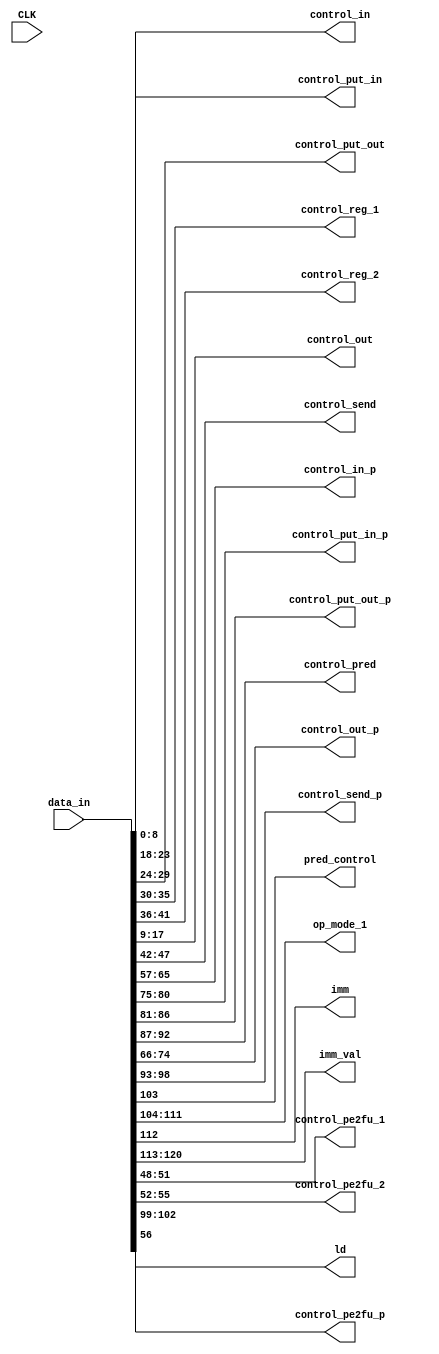
`timescale 1ns / 1ps

//////////////////////////////////////////////////////////////////////////////////
// Company: 
// Engineer: 
// 
// Design Name: 
// Module Name:    buffer 
// Project Name: 
// Target Devices: 
// Tool versions: 
// Description: 
//
// Dependencies: 
//
// Revision: 
// Revision 0.01 - File Created
// Additional Comments: 
//
//////////////////////////////////////////////////////////////////////////////////
module buffer( CLK, data_in, control_in, control_put_in, control_put_out, control_reg_1, control_reg_2,
					control_out, control_send, control_in_p, control_put_in_p, control_put_out_p, control_pred,
					control_out_p, control_send_p, pred_control, op_mode_1, imm, imm_val,
					control_pe2fu_1, control_pe2fu_2, control_pe2fu_p, ld );
	parameter width = 120;
	input CLK;
	input [width:0] data_in;
	
	
	//------------  Reg ----------------  57bits
	output [8:0] control_in, control_out;
	output [5:0] control_put_in, control_put_out, control_reg_1, control_reg_2, control_send;
	output [3:0] control_pe2fu_1, control_pe2fu_2; //2013.9.2 new_add
	output ld;
	//--------------------------------------
	
	//ereg64[63:0]ApGoclkSnFihATNe@rega 
	
	//control_inNRegWmuxnNedge or busei
		//EbitkNrightAkGNdownATOleftA|OupAObus
		//|GnNoPEUedgeeiATne9'b000000010AMoqAbcontrol_ino@Jh(X{HW1)
	//control_outNRegUmuxnNeXhedge or bus
		//PWAiHXAN|hX
		//|GPneUWedgeATeG9'b000001010
	 //control_put_inqOPEeinreg,pGocycleSw,N@
	 //control_put_outqFUYwritebacknsreg
	 //control_regoclocknNregehFUB
	 //control_sendMwnN@regeXhOPE
	 //control_pe2fuMwO_nNOPEehFU;
		//right=4'd1, down=4'd2, left=4'd3, up=4'd4, bus=4'd8 (oWXbitPAOnNr)
		//TpGe0NFUqregANOcontrol_regTMwehFUF
		//Ycontrol_pe2fuO0control_regNS@F	 
	 //ldNoOOOloadO

	//----------------- Pred_reg -------------------  46bits
	output [8:0] control_in_p, control_out_p;
	output [5:0] control_put_in_p, control_put_out_p, control_pred, control_send_p;
	output [3:0] control_pe2fu_p; //2013.9.2 new_add
	//-------------------------------------------
	
	//regqPW63A@]OYOSN@a
	
	//control_in_pNpred_regWmuxnNedge or busei
			//WregP
	//control_out_pNpredUmuxnNeXhedge or bus
			//WregP
	 //control_put_in_pqOPEeiprednpred_reg_file,pGocycleSw,N@
	 //control_put_out_pqFUYOCMP|predAwritebacknspred_reg_file
	 //control_predoclocknNregehFUpred
	 //control_send_pMwnN@regpredeXhOPE
	 //control_pe2fu_pMwO_nNOPEpredehFU;
			//right=4'd1, down=4'd2, left=4'd3, up=4'd4, bus=4'd8
			//PWreg
	//------------------- FU ----------------18bits
	output pred_control;
	output [7:0] op_mode_1;
	output imm;
	output [7:0] imm_val;
	//------------------------------------
	// pred_controlCoperationne10FUAMwoOPSnpredA0Npred
	//op_mode NOop_code
	//imm oOPBO_immidiate
	//imm_val NoOPimmidiate
	/*
		(op_mode_1 == 8'b00000000) 	//add, add_u
		(op_mode_1 == 8'b00000001)    //and
		(op_mode_1 == 8'b00000010) 	//asr
		(op_mode_1 == 8'b00000100) 	//div |Qcan not simplify operator DIV
		(op_mode_1 == 8'b00000101) 	//lsl
		(op_mode_1 == 8'b00000110) 	//lsr
		(op_mode_1 == 8'b00000111) 	//mul
		(op_mode_1 == 8'b00001000) 	//or
		(op_mode_1 == 8'b00001001) 	//sub
		(op_mode_1 == 8'b00001010)    //xor
		(op_mode_1 == 8'b00000011) 	//cmp
	*/
	///////////////////////
	assign control_in = data_in[8:0];                 //9
	assign control_out = data_in[17:9];               //9
	assign control_put_in = data_in[23:18];           //6
	assign control_put_out = data_in[29:24];          //6
	assign control_reg_1 = data_in[35:30];            //6
	assign control_reg_2 = data_in[41:36];            //6
	assign control_send = data_in[47:42];             //6
	assign control_pe2fu_1 = data_in[51:48];          //4
	assign control_pe2fu_2 = data_in[55:52];          //4
	assign ld = data_in[56];                          //1
	                                                  //
	assign control_in_p = data_in[65:57];             //9
	assign control_out_p = data_in[74:66];            //9
	assign control_put_in_p = data_in[80:75];         //6
	assign control_put_out_p = data_in[86:81];        //6
	assign control_pred = data_in[92:87];             //6
	assign control_send_p = data_in[98:93];           //6
	assign control_pe2fu_p = data_in[102:99];         //4
	                                                  //
	assign pred_control = data_in[103];               //1
	assign op_mode_1 = data_in[111:104];              //8
	assign imm = data_in[112];                        //1
	assign imm_val = data_in[120:113];                //8
	

	
	
	
	/*
	BufferNOAninput_dataOeUa
	*/
	

endmodule